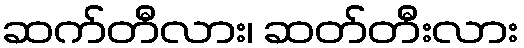
ဆက်တီလား၊ ဆတ်တီးလား